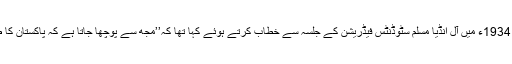
ایک مثال دے دیتا ہوں 1934ء میں آل انڈیا مسلم سٹوڈنٹس فیڈریشن کے جلسہ سے خطاب کرتے ہوئے کہا تھا کہ’’مجھ سے پوچھا جاتا ہے کہ پاکستان کا طرز حکومت کیا ہوگا؟